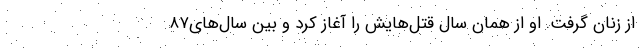
از زنان گرفت. او از همان سال قتل‌هایش را آغاز کرد و بین سال‌های‌۸۷